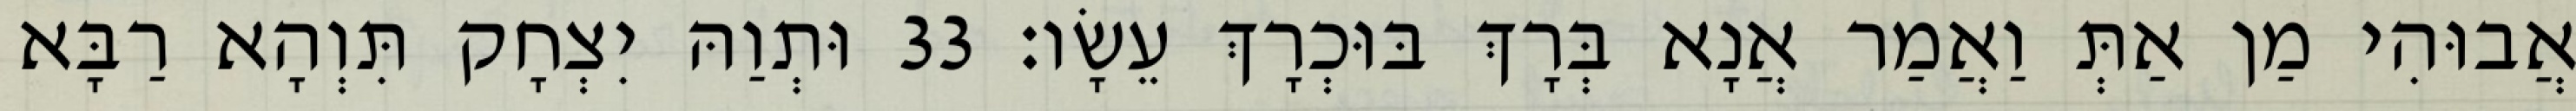
אֲבוּהִי מַן אַתְּ וַאֲמַר אֲנָא בְּרָךְ בּוּכְרָךְ עֵשָׂו׃ 33 וּתְוַהּ יִצְחָק תִּוְהָא רַבָּא